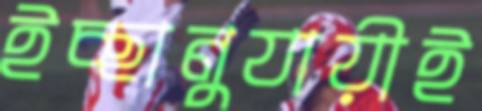
ইচ্ছানুযায়ীই